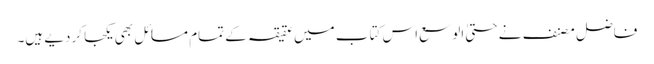
فاضل مصنف نے حتیٰ الوسع اس کتاب میں عقیقہ کے تمام مسائل بھی یکجا کردیے ہیں۔